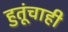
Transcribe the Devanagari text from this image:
हुतूंचाही